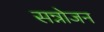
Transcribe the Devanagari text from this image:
सन्नोजन